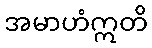
အမာဟံဣတိ